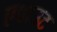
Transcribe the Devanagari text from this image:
एवाउट